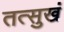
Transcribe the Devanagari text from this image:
तत्सुखं